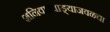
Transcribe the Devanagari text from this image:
शनिवारवाड्याजवळचा